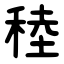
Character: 稑